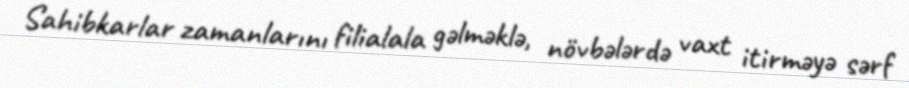
Sahibkarlar zamanlarını filialala gəlməklə, növbələrdə vaxt itirməyə sərf